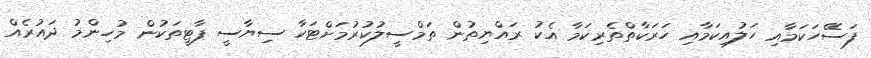
ފަސޭހަކަމާއި ހަލުއިކަމާއި ހަރަކާތްތެރިކަމާ އެކު ރައްޔިތުން ތަމްސީލުކުރުމަށްޓަކާ ސިޔާސީ ޕާޓީތަކުން މުހިންމު ދައުރެއް